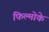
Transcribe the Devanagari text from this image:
फिल्मोके